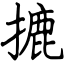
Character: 摝